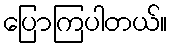
ပြောကြပါတယ်။